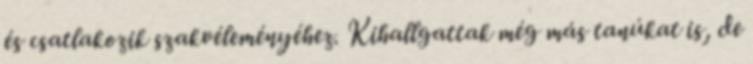
és csatlakozik szakvéleményéhez. Kihallgattak még más tanúkat is, de